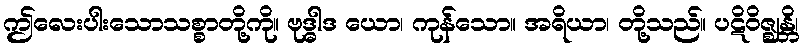
ဤလေးပါးသောသစ္စာတို့ကို။ ဗုဒ္ဓါဒ ယော၊ ကုန်သော။ အရိယာ၊ တို့သည်။ ပဋိဝိဇ္ဈန္တိ၊